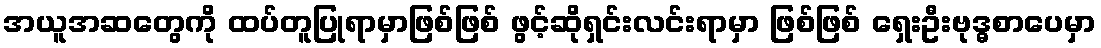
အယူအဆတွေကို ထပ်တူပြုရာမှာဖြစ်ဖြစ် ဖွင့်ဆိုရှင်းလင်းရာမှာ ဖြစ်ဖြစ် ရှေးဦးဗုဒ္ဓစာပေမှာ